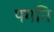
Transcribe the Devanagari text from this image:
पगनि